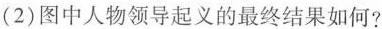
(2)图中人物领导起义的最终结果如何?